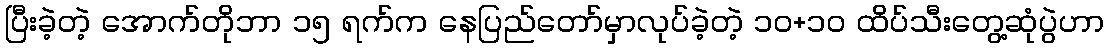
ပြီးခဲ့တဲ့ အောက်တိုဘာ ၁၅ ရက်က နေပြည်တော်မှာလုပ်ခဲ့တဲ့ ၁၀+၁၀ ထိပ်သီးတွေ့ဆုံပွဲဟာ